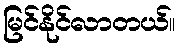
မြင်နိုင်လာတယ်။